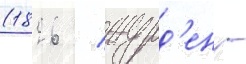
(1826 / журд'ен -